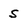
Character: S